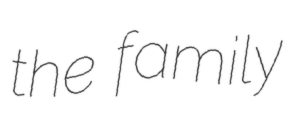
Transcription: the family